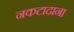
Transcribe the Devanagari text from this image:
नकटादाना